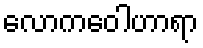
လောကဝေါဟာရာ